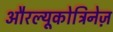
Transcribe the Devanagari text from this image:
औरल्यूकोट्रिनेज़